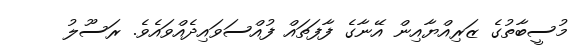
މުސީބާތުގެ ޒަރިއްޔާއިން އޭނާގެ ފާފަތައް ފުއްސަވައިދެއްވައެވެ. ރަސޫލު